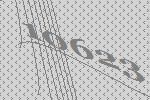
10623